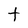
Character: t